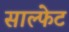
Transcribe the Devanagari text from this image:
साल्फेट